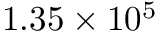
1 . 3 5 \times 1 0 ^ { 5 }